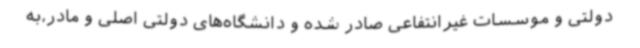
دولتی و موسسات غیرانتفاعی صادر شده و دانشگاه‌های دولتی اصلی و مادر،به